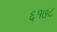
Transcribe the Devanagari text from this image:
६१७८